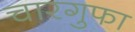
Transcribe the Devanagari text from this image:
चारगुफा